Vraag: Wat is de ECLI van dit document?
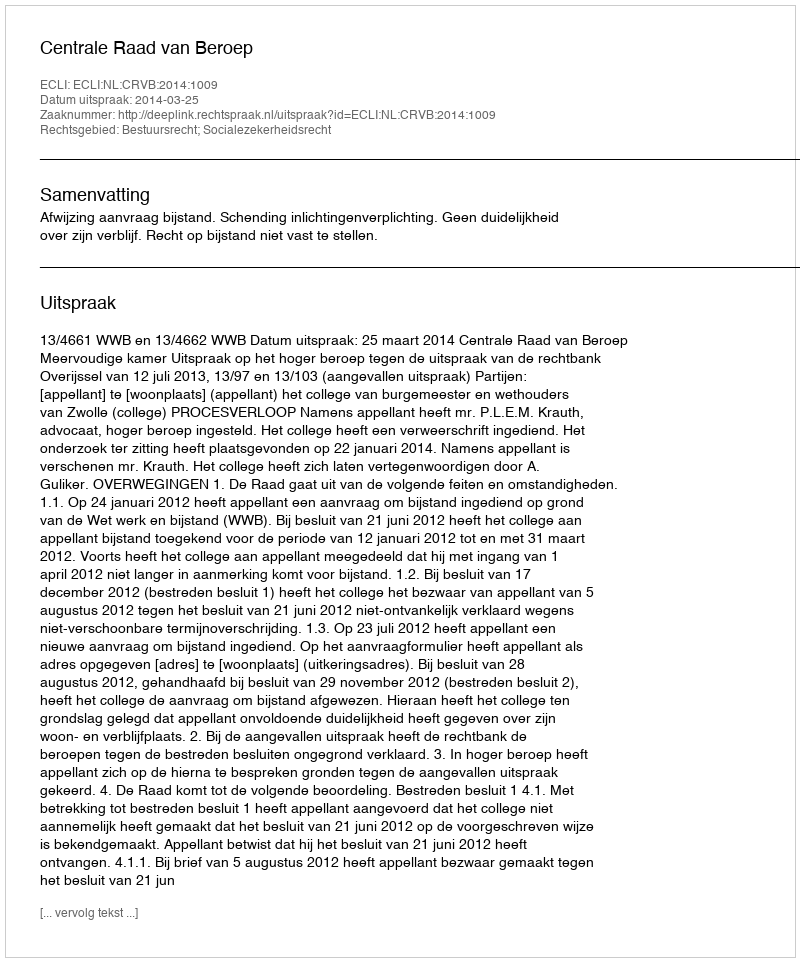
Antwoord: ECLI:NL:CRVB:2014:1009